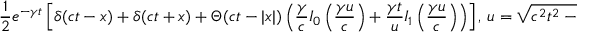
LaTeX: { \frac { 1 } { 2 } } e ^ { - \gamma t } \left[ \delta ( c t - x ) + \delta ( c t + x ) + \Theta ( c t - | x | ) \left( { \frac { \gamma } { c } } I _ { 0 } \left( { \frac { \gamma u } { c } } \right) + { \frac { \gamma t } { u } } I _ { 1 } \left( { \frac { \gamma u } { c } } \right) \right) \right] , \, u = { \sqrt { c ^ { 2 } t ^ { 2 } - x ^ { 2 } } }